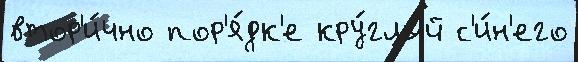
втор'и́чно пор'я́дк'е кру́глый с'и́н'его